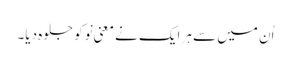
اُن میں سے ہر ایک نے معنیِ نَو کو جلوہ دیا۔